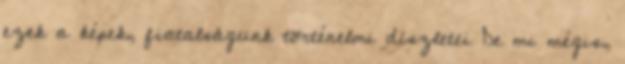
ezek a képek, fiatalságunk történelmi díszletei De mi mégis,